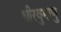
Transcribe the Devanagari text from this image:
धीरवुमाणु